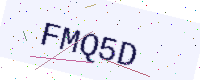
Text: FMQ5D